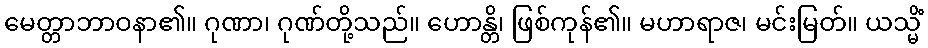
မေတ္တာဘာဝနာ၏။ ဂုဏာ၊ ဂုဏ်တို့သည်။ ဟောန္တိ၊ ဖြစ်ကုန်၏။ မဟာရာဇ၊ မင်းမြတ်။ ယသ္မိံ